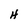
Character: H